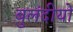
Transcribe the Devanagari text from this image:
बुलंदीयों